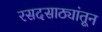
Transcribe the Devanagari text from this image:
रसदसाठ्यांतून